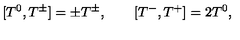
[ T ^ { 0 } , T ^ { \pm } ] = \pm T ^ { \pm } , \qquad [ T ^ { - } , T ^ { + } ] = 2 T ^ { 0 } , \nonumber